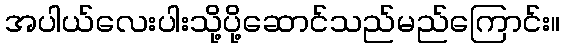
အပါယ်လေးပါးသို့ပို့ဆောင်သည်မည်ကြောင်း။